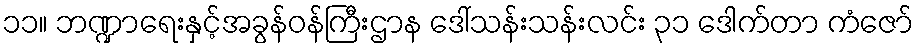
၁၁။ ဘဏ္ဍာရေးနှင့်အခွန်ဝန်ကြီးဌာန ဒေါ်သန်းသန်းလင်း ၃၁ ဒေါက်တာ ကံဇော်